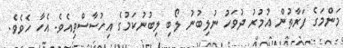
މަންމަގެ ފަރާތުން އުމުރު ދުވަހު ނުލިބުނު ލޯބި ލިބުނުކަމުގެ އިހުސާސްވިއެވެ. އެހާ ހެވެވެ.